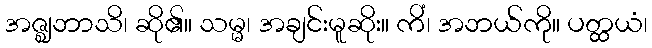
အဇ္ဈဘာသိ၊ ဆို၏။ သမ္မ၊ အချင်းမူဆိုး။ ကိံ၊ အဘယ်ကို။ ပတ္ထယံ၊